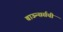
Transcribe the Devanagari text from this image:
बाऊन्सर्सची